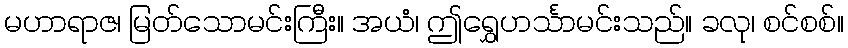
မဟာရာဇ၊ မြတ်သောမင်းကြီး။ အယံ၊ ဤရွှေဟင်္သာမင်းသည်။ ခလု၊ စင်စစ်။